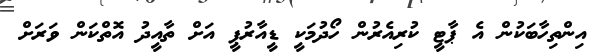
އިންތިހާބަކުން އެ ޕާޓީ ކުރިއެރުން ހޯދުމަކީ ޑީއާރުޕީ އަށް ތާއީދު އޮތްކަން ވަރަށް